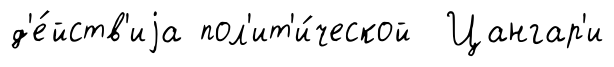
д'е́йств'иjа пол'ит'и́ческой Цангар'и